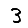
Digit: 3